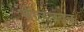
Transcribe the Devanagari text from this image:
भीलजवळ